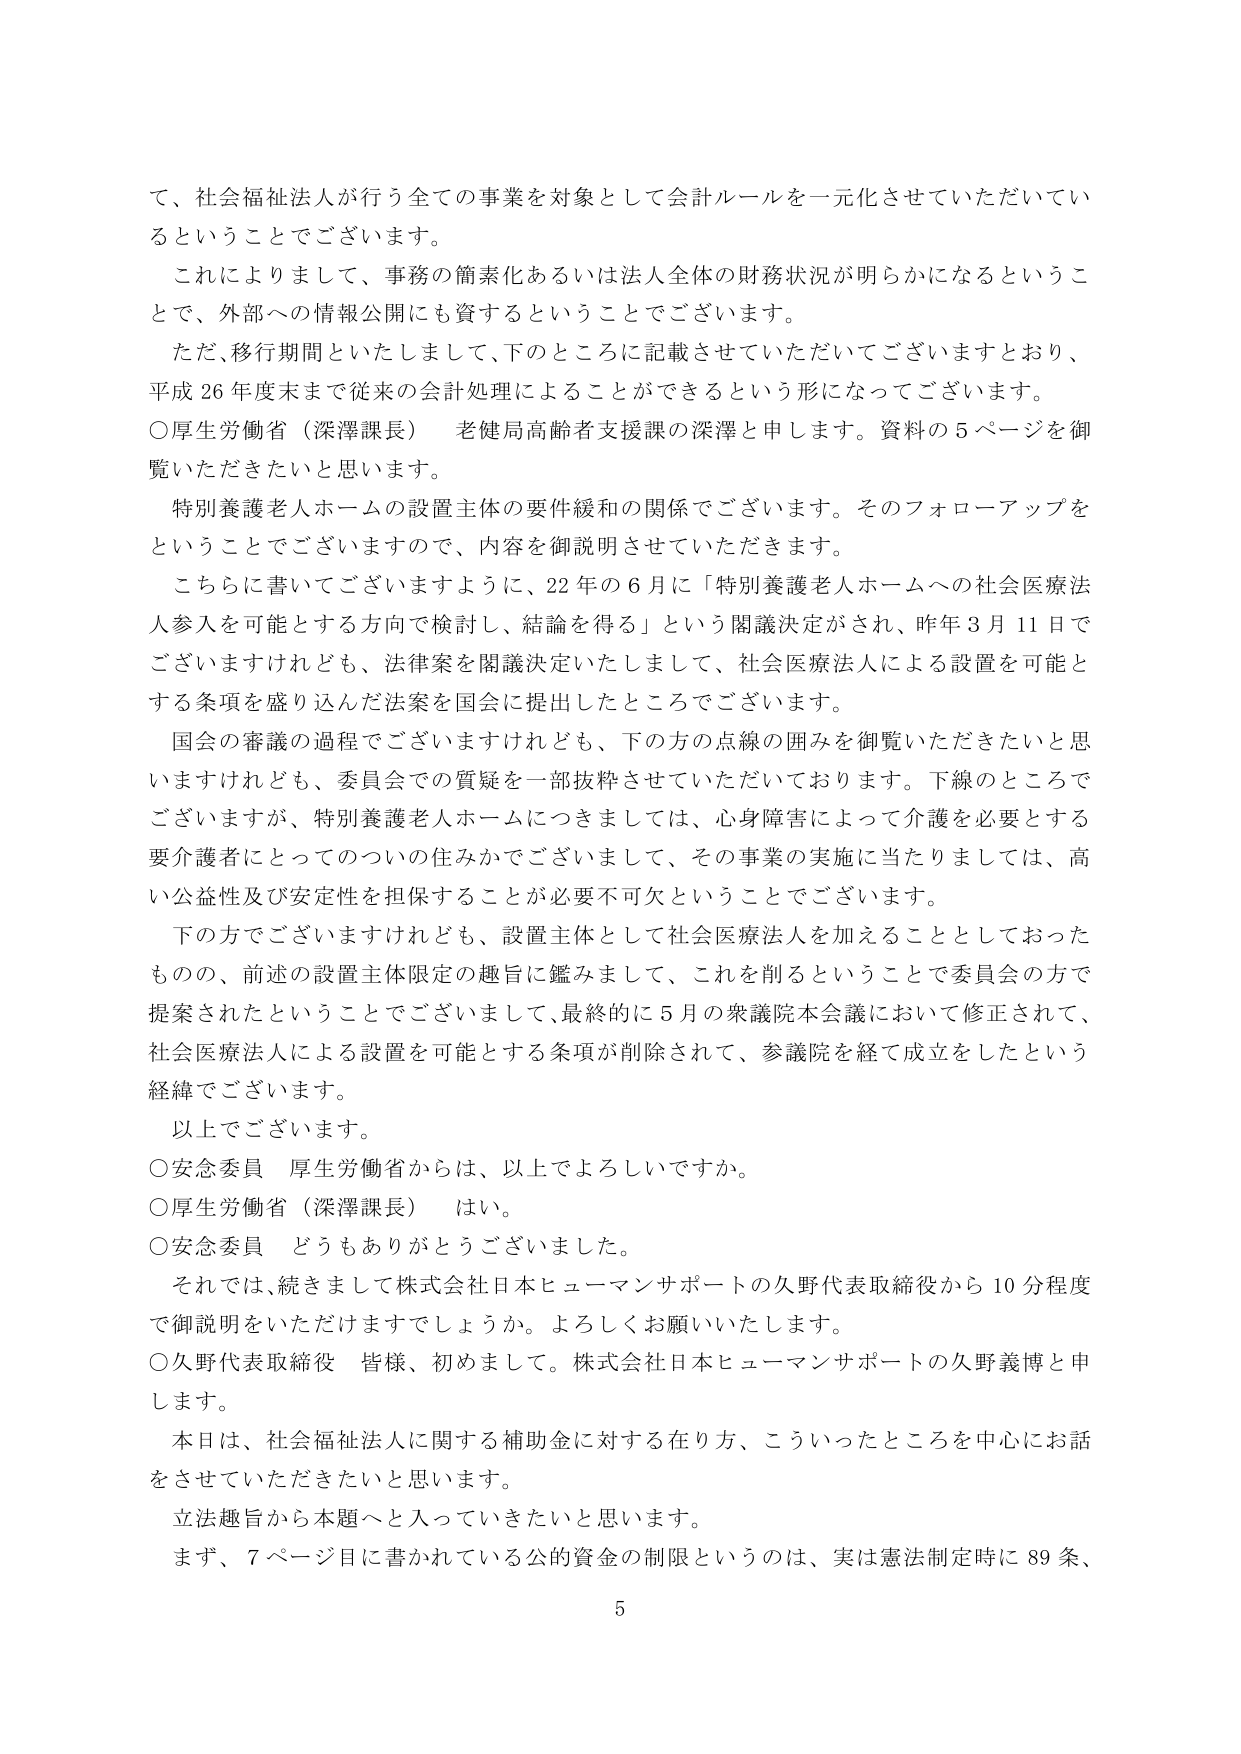
て、社会福祉法人が行う全ての事業を対象として会計ルールを一元化させていただいてい
るということでございます。
これによりまして、事務の簡素化あるいは法人全体の財務状況が明らかになるというこ
とで、外部への情報公開にも資するということでございます。
ただ、移行期間といたしまして、下のところに記載させていただいてございますとおり、
平成26年度末まで従来の会計処理によることができるという形になってございます。
○厚生労働省（深澤課長）　老健局高齢者支援課の深澤と申します。資料の5ページを御
覧いただきたいと思います。
特別養護老人ホームの設置主体の要件緩和の関係でございます。そのフォローアップを
ということでございますので、内容を御説明させていただきます。
こちらに書いてございますように、22年の6月に「特別養護老人ホームへの社会医療法
人参入を可能とする方向で検討し、結論を得る」という閣議決定がされ、昨年3月11日で
ございますけれども、法律案を閣議決定いたしまして、社会医療法人による設置を可能と
する条項を盛り込んだ法案を国会に提出したところでございます。
国会の審議の過程でございますけれども、下の方の点線の囲みを御覧いただきたいと思
いますけれども、委員会での質疑を一部抜粋させていただいております。下線のところで
ございますが、特別養護老人ホームにつきましては、心身障害によって介護を必要とする
要介護者にとってのついの住みかでございまして、その事業の実施に当たりましては、高
い公益性及び安定性を担保することが必要不可欠ということでございます。
下の方でございますけれども、設置主体として社会医療法人を加えることとしておった
ものの、前述の設置主体限定の趣旨に鑑みまして、これを削るということで委員会の方で
提案されたということでございまして、最終的に5月の衆議院本会議において修正されて、
社会医療法人による設置を可能とする条項が削除されて、参議院を経て成立をしたという
経緯でございます。
以上でございます。
○安念委員　厚生労働省からは、以上でよろしいですか。
○厚生労働省（深澤課長）　はい。
○安念委員　どうもありがとうございました。
それでは、続きまして株式会社日本ヒューマンサポートの久野代表取締役から10分程度
で御説明をいただけますでしょうか。よろしくお願いいたします。
○久野代表取締役　皆様、初めまして。株式会社日本ヒューマンサポートの久野義博と申
します。
本日は、社会福祉法人に関する補助金に対する在り方、こういったところを中心にお話
をさせていただきたいと思います。
立法趣旨から本題へと入っていきたいと思います。
まず、7ページ目に書かれている公的資金の制限というのは、実は憲法制定時に89条、
5